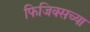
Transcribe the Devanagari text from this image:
फिजिक्सच्या